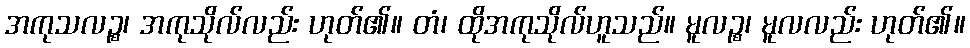
အကုသလဉ္စ၊ အကုသိုလ်လည်း ဟုတ်၏။ တံ၊ ထိုအကုသိုလ်ဟူသည်။ မူလဉ္စ၊ မူလလည်း ဟုတ်၏။